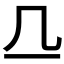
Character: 𬺲